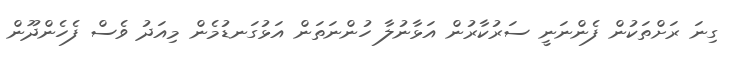
ގިނަ ރަށްތަކުން ފެންނަނީ ސަރުކާރުން އަޅާނުލާ ހުންނަތަން އަޅުގަނޑުމެން މިއަދު ވެސް ފެހެންދޫން